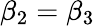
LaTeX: \beta_{2}=\beta_{3}